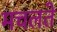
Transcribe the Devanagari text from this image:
मचलते